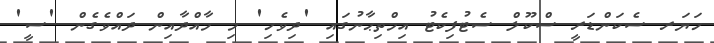
ހަޔަރ ސެކަންޑަރީ ސްކޫލް ސެޓުފިކެޓު އިމްތިޙާނުގައި 'ދިވެހި' މި މާއްދާއިން ދައްވެގެން 'ސީ'